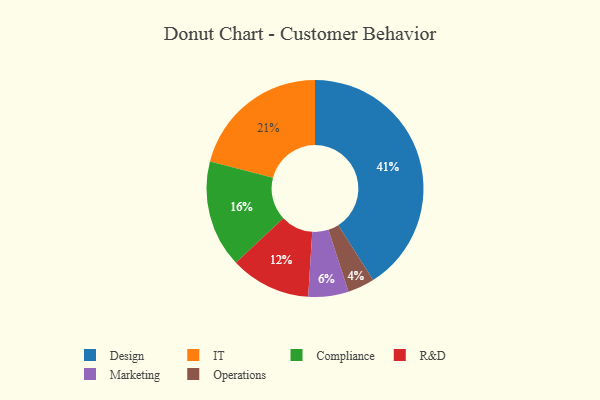
{"axis": {"x": "Category", "y": "Percentage"}, "legend": ["Compliance", "Design", "IT", "Marketing", "Operations", "R&D"], "data": [{"x": "Design", "y": 41, "type": "Design"}, {"x": "Operations", "y": 4, "type": "Operations"}, {"x": "R&D", "y": 12, "type": "R&D"}, {"x": "Marketing", "y": 6, "type": "Marketing"}, {"x": "Compliance", "y": 16, "type": "Compliance"}, {"x": "IT", "y": 21, "type": "IT"}]}